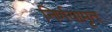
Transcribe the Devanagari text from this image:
निर्णयामृत